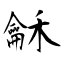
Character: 龢